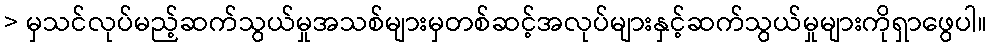
> မှသင်လုပ်မည့်ဆက်သွယ်မှုအသစ်များမှတစ်ဆင့်အလုပ်များနှင့်ဆက်သွယ်မှုများကိုရှာဖွေပါ။